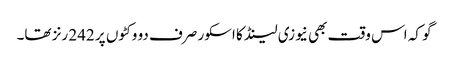
گو کہ اس وقت بھی نیوزی لینڈ کا اسکور صرف دو وکٹوں پر 242 رنز تھا۔